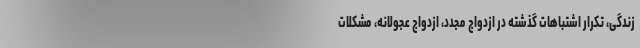
زندگی، تکرار اشتباهات گذشته در ازدواج مجدد، ازدواج عجولانه، مشکلات